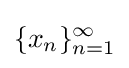
\{x_{n}\}_{n=1}^{\infty }